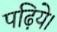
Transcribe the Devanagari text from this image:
पढ़िये।